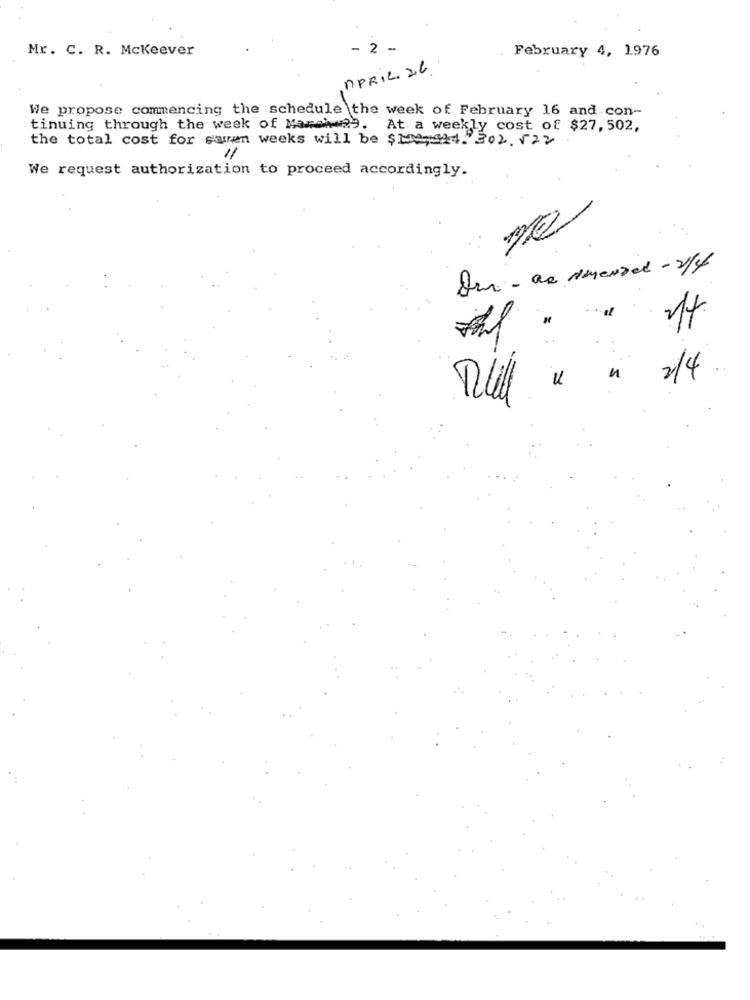
Mr. C. R. Mckeever
-2 -
February 4, 1976
APRIL 26
We propose commencing the schedule the week of February 16 and con-
tinuing through the week of March 29. At a weekly cost of $27, 502,
the total cost for suren weeks will be $12,14. 302.122
11
We request authorization to proceed accordingly.
ma
Du - as amensal -1/4
2/4.